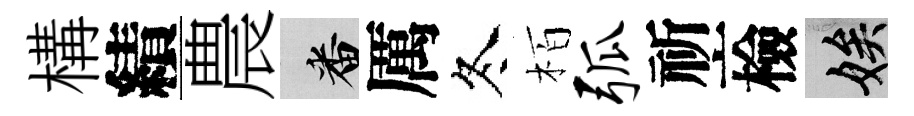
構績農番厲冬栢弧祈檢娭